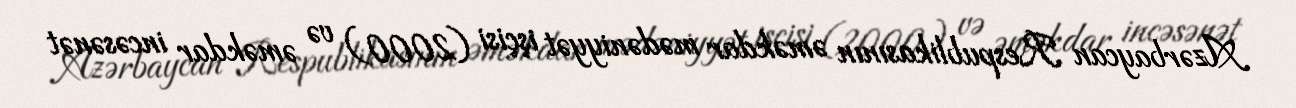
Azərbaycan Respublikasının əməkdar mədəniyyət işçisi (2000) və əməkdar incəsənət